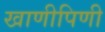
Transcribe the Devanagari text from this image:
खाणीपिणी